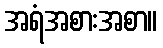
အရံအစားအစာ။